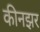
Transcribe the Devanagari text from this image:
कीनझर